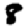
Digit: 8